Report on vaccination North-West Frontier Province 1904-1922 - 1904-1922
Year: 1904
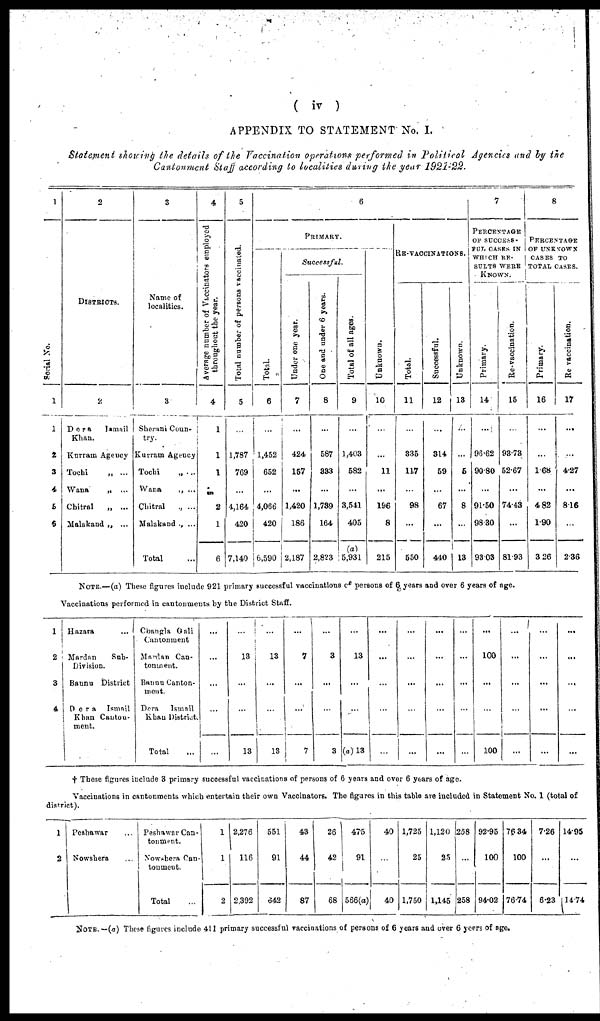
( iv )
APPENDIX TO STATEMENT No. I.
Statement showing the details of the Vaccination operations performed in Political Agencies and by the
Cantonment Staff according to localities during the year 1921-22.
1
Serial No.
1
1
2
3
4
5
6
2
DISTRICTS.
2
Dera
Ismail
Khan.
Kurram Agency
Tochi
„ ...
Wana
„ ...
Chitral
„ ...
Malakand „ ...
3
Name of
localities.
3
Sherani Coun-
try.
Kurram Agency
Tochi „ ...
Wana
„ ...
Chitral
„ ...
Malakand „ ...
Total ...
4
Average number of Vaccinators employed
throughout the year.
4
1
1
1
...
2
1
6
5
Total number of persons vaccinated.
5
...
1,787
769
...
4,164
420
7,140
6
PRIMARY.
Total.
6
...
1,452
652
...
4,066
420
6,590
Successful.
Under one year.
7
...
424
157
...
1,420
186
2,187
One and under 6 years.
8
...
587
333
...
1,739
164
2,823
Total of all ages.
9
...
1,403
582
...
3,541
405
(a)
5,931
Unknown.
10
...
...
11
...
196
8
215
RE-VACCINATIONS.
Total.
11
...
335
117
...
98
...
550
Successful.
12
...
314
59
...
67
...
440
Unknown.
13
...
...
5
...
8
...
13
7
PERCENTAGE
OF SUCCESS-
FUL CASES IN
WHICH RE-
SULTS WERE
KNOWN.
Primary.
14
...
96.62
90.80
...
91.50
98.30
93.03
Re-vaccination.
15
...
93.73
52.67
...
74.43
...
81.93
8
PERCENATGE
OF UNKNOWN
CASES TO
TOTAL CASES.
Primary.
16
...
...
1.68
...
4.82
1.90
3.26
Re-vaccination.
17
...
...
4.27
...
8.16
...
2.36
NOTE.—(a) These figures include 921 primary successful vaccinations of persons of 6 years and over 6 years of age.
Vaccinations performed in cantonments by the District Staff.
1
2
3
4
Hazara
...
Mardan
Sub-
Division.
Bannu District
Dera
Ismail
Khan Canton-
ment.
Changla Gali
Cantonment
Mardan Can-
tonment.
Bannu Canton-
ment.
Dera
Ismail
Khan District.
Total ...
...
...
...
...
...
...
13
...
...
13
...
13
...
...
18
...
7
...
...
7
...
3
...
...
3
...
13
...
...
(a) 13
...
...
...
...
...
...
...
...
...
...
...
...
...
...
...
...
...
...
...
...
...
100
...
...
100
...
...
...
...
...
...
...
...
...
...
...
...
...
...
...
† These figures include 3 primary successful vaccinations of persons of 6 years and over 6 years of age.
Vaccinations in cantonments which entertain their own Vaccinators. The figures in this table are included in Statement No. 1 (total of
district).
1
2
Peshawar ...
Nowshera
Peshawar Can-
tonment.
Nowshera Can-
tonment.
Total ...
1
1
2
2,276
116
2,392
551
91
642
43
44
87
26
42
68
475
91
566(a)
40
...
40
1,725
25
1,750
1,120
25
1,145
258
...
258
92.95
100
94.02
76.34
100
76.74
7.26
...
6.23
14.95
...
14.74
NOTE. —(a) These figures include 411 primary successful vaccinations of persons of 6 years and over 6 years of age.